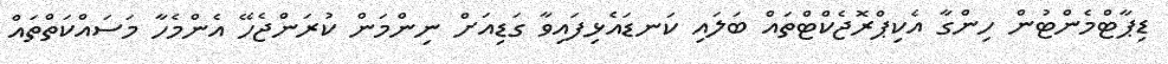
ޑިޕާޓްމެންޓުން ހިންގާ އެކިޕްރޮޖެކްޓްތައް ބަލައި ކަނޑައެޅިފައިވާ ގަޑިއަށް ނިންމަން ކުރަންޖެހޭ އެންމެހާ މަސައްކަތްތައް